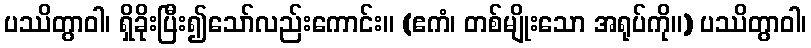
ပဿိတွာဝါ၊ ရှိခိုးပြီး၍သော်လည်းကောင်း။ (ဧကံ၊ တစ်မျိုးသော အရုပ်ကို။) ပဿိတွာဝါ၊